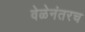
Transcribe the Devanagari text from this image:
वेळेनंतरच